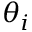
\theta _ { i }